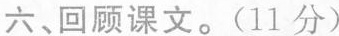
六、回顾课文。（11分）